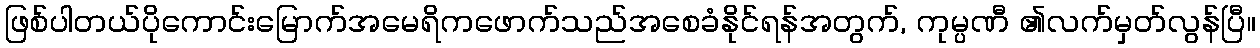
ဖြစ်ပါတယ်ပိုကောင်းမြောက်အမေရိကဖောက်သည်အစေခံနိုင်ရန်အတွက်, ကုမ္ပဏီ ၏လက်မှတ်လွန်ပြီ။